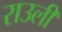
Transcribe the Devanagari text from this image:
राउली